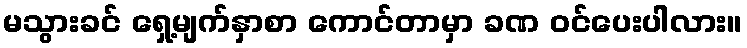
မသွားခင် ရှေ့မျက်နှာစာ ကောင်တာမှာ ခဏ ဝင်ပေးပါလား။